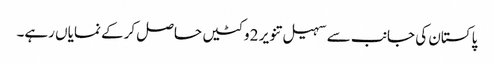
پاکستان کی جانب سے سہیل تنویر 2 وکٹیں حاصل کرکے نمایاں رہے۔